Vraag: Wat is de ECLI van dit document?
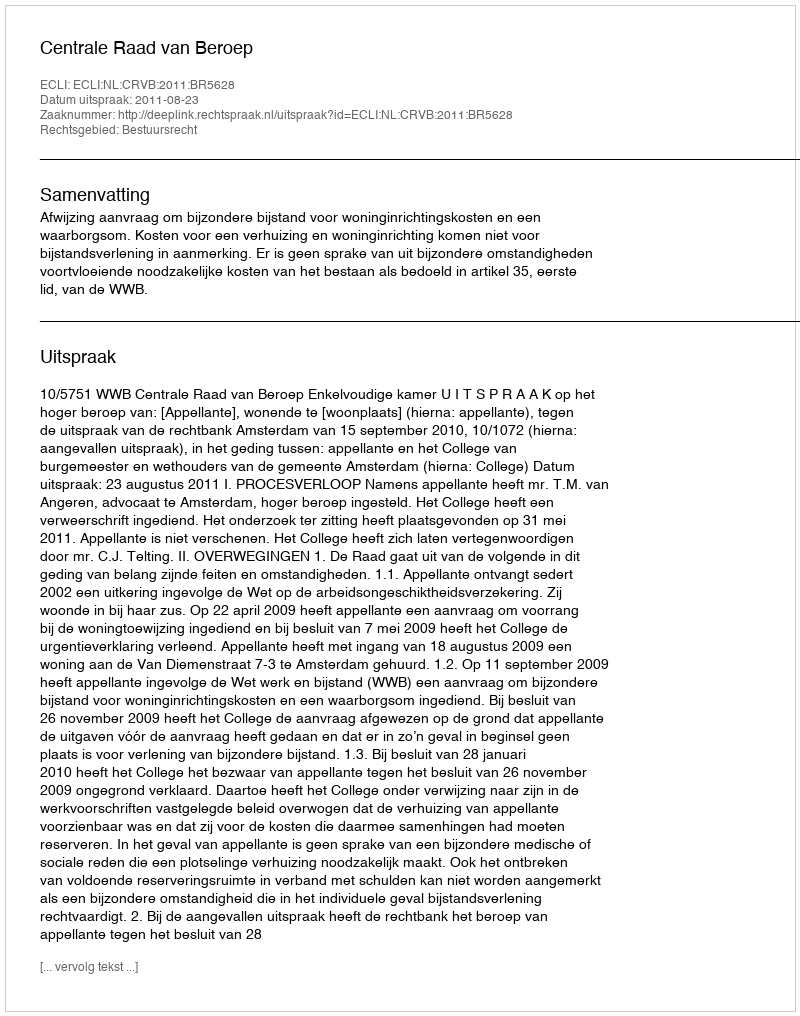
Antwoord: ECLI:NL:CRVB:2011:BR5628